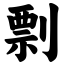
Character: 剽